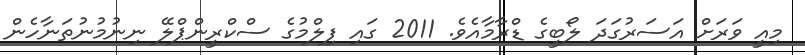
މިއީ ވަރަށް އަސަރުގަދަ ލޯބީގެ ޑްރާމާއެވެ. 2011 ގައި ފިލްމުގެ ސްކްރީންޕްލޭ ނިނުމުނުތަނާހެން